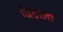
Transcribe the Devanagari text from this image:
विठाला